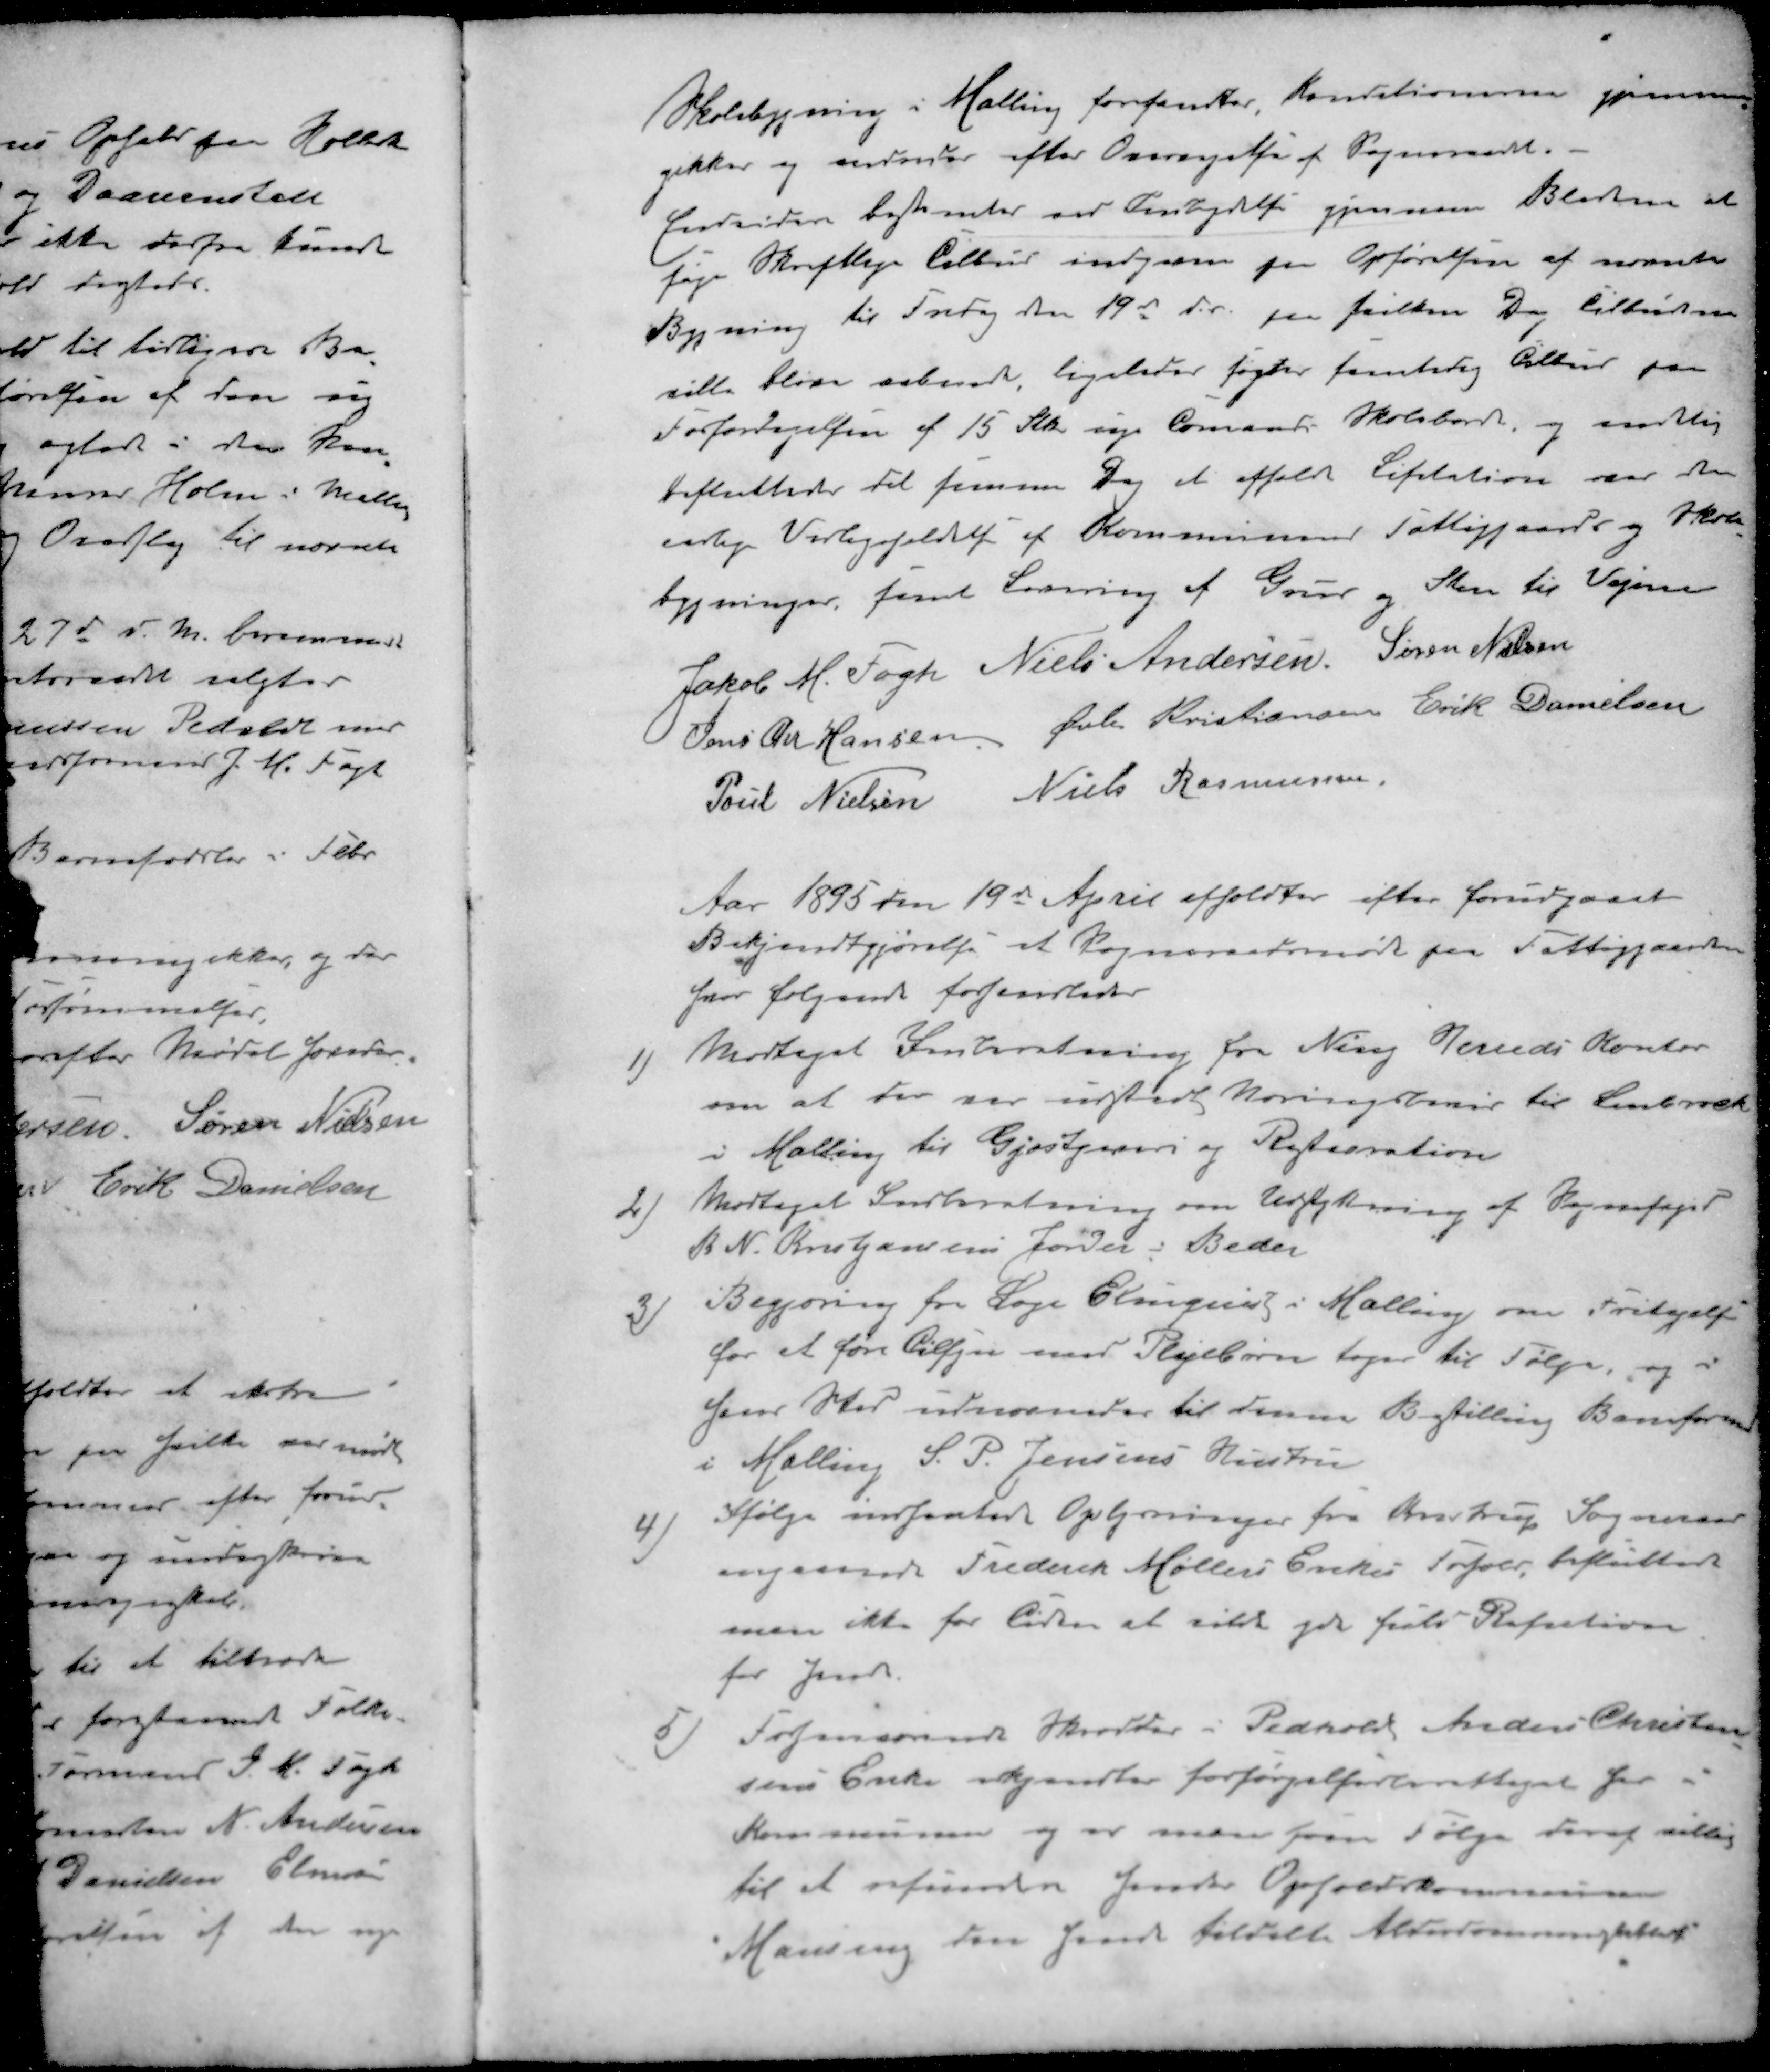
Transskription:
Skolebygning i Malling forefandtes Konditionerne gjennem-
gikkes og ændredes efter Overvejelse af Sogneraadet.
Indvidere bestemtes ved Indbydelse gjennem Bladene at
søge Skriftlige Tilbud  paa Opførelsen af nævnte
Bygning til Fredag den 19d ds paa hvilken Dag tilbudene
ville blive aabnede, ligeledes søgtes samtidig Tilbud paa
Forfærdigelsen af 15 Stk nye Tomands Skoleborde, og samtidig
besluttedes til samme dag at afholde Licitation over den
aarlige Vedligeholdelse af Kommunens Fattiggaards og Skole-
bygninger, samt Levering af Grus og Sten til Vejene
Jakob M Fogh
Niels Andersen
Søren Nielsen
Jens Chr Hansen
Øvli Kristiansen
Erik Danielsen
Poul Nielsen
Niels Rasmussen,
Aar 1895 den 19d April afholdtes efter forudgaaet
Bekjendtgjørelse et Sogneraadsmøde paa Fattiggaarden
hvor følgende forhandledes
1 ) Modtaget Inberetning fra Ning Herreds Kontor
om at der var udstedt Næringsbevis til 
i Malling til Gjæstgiveri og Restauration
2 ) Modtaget Indberetning om Udstykning af Sognefoged
K. N. Kristjansens Jorder i Beder
3 ) Begjæring fra Læge Elingen i Malling om Fritagelse
for at føre Tilsyn med Plejebørn toges til Følge, og i
hans sted udnævneder til denne Betilling Baneformand
i Malling S. P. Jensens Hustru
4 ) Ifølge indhentede Oplysninger fra Kristrup Sogneraad
angaaende Frederik Møllers Enkes Forhold, besluttede
man ikke for Tiden at ville yde fuld Refution
for hende
5 ) Forhenværende Skrædder i Pedholt Anders Christen-
sens Enke erkjendter forsørgelsesberettiget for
Kommunen og at man som Følge deraf villig
til at refundere hendes Opholdskommunes
Mansing den hende tildelte Alderdomsunderstøttelse